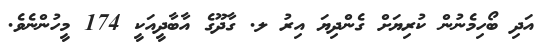
އަދި ބޯހިމެނުން ކުރިޔަށް ގެންދިޔަ އިރު ލ. ގާދޫގެ އާބާދީއަކީ 174 މީހުންނެވެ.